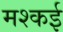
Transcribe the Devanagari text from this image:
मश्कई